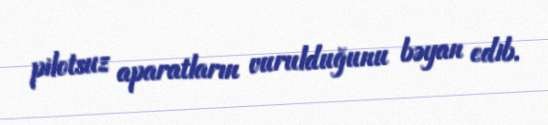
pilotsuz aparatların vurulduğunu bəyan edib.